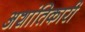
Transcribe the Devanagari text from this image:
अशांतिकारी